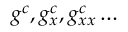
{ { g } ^ { c } } , g _ { x } ^ { c } , g _ { x x } ^ { c } \ldots